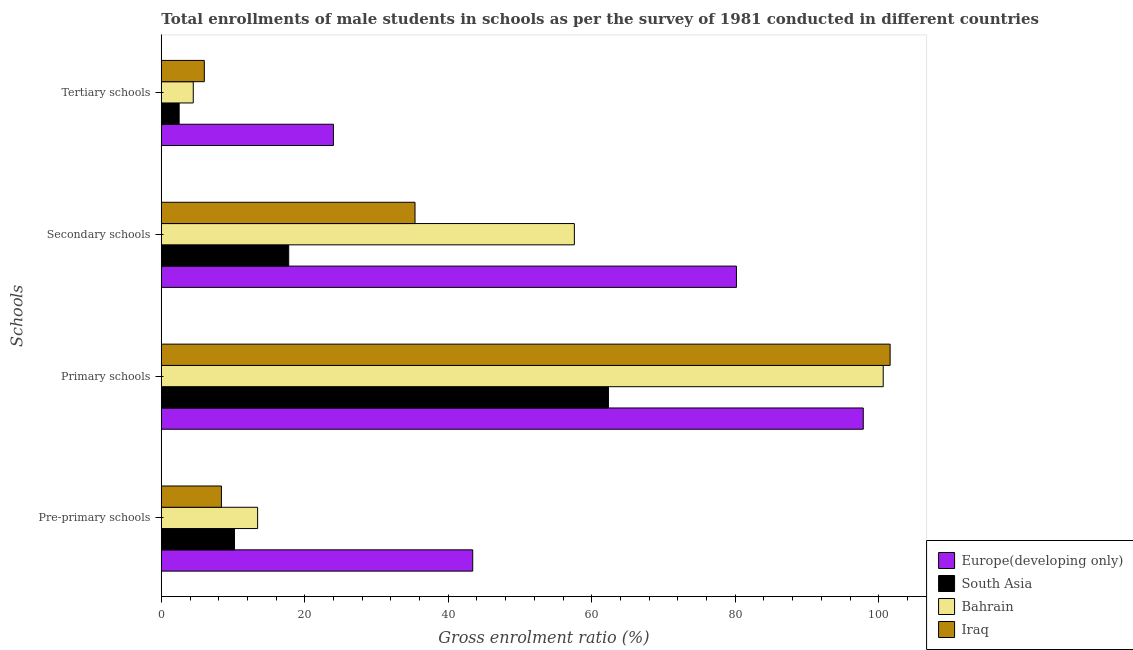
| Schools | Europe(developing only) | South Asia | Bahrain | Iraq |
 | --- | --- | --- | --- | --- |
 | Pre-primary schools | 43.4 | 10.2 | 13.4 | 8.38 |
 | Primary schools | 97.8 | 62.3 | 101 | 102 |
 | Secondary schools | 80.2 | 17.8 | 57.6 | 35.4 |
 | Tertiary schools | 24 | 2.49 | 4.45 | 5.99 |